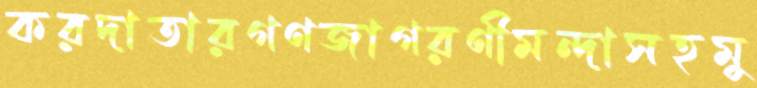
করদাতারগণজাগরণীমন্দাসহমু